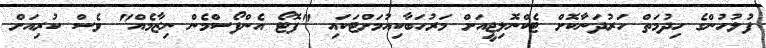
ފުލުހުންގެ ހިދުމަތް ހަރުދަނާކޮށް ޓެކްނޮލިޖީއަށް މަރުހަބާކިއުމަށްޓަކައި "ފޮޓޯ އެންފޯސްމެން ނިޒާމެއް" ވެސް ކުރިއަށް